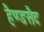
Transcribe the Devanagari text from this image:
हैण्डसैट